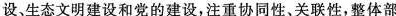
设、生态文明建设和党的建设，注重协同性、关联性，整体部